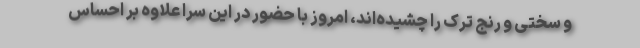
و سختی و رنج ترک را چشیده‌اند، امروز با حضور در این سرا علاوه بر احساس